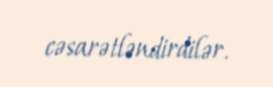
cəsarətləndirdilər.